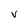
Character: v